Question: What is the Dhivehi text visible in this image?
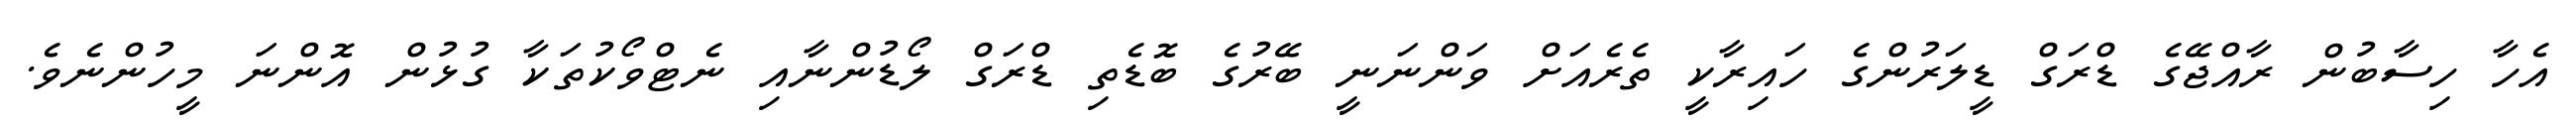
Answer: އެހާ ހިސާބުން ރާއްޖޭގެ ޑްރަގް ޑީލަރުންގެ ހައިރާކީ ތެރެއަށް ވަންނަނީ ބޭރުގެ ބޮޑެތި ޑްރަގް ލޯޑުންނާއި ނެޓްވޯކުތަކާ ގުޅުން އޮންނަ މީހުންނެވެ.